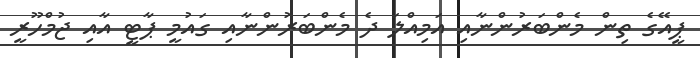
ޕީއޭގެ ތިން މެންބަރުންނާއި އަމިއްލަ ދެ މެންބަރުންނާއި ގައުމީ ޕާޓީ އާއި ޖުމްހޫރީ